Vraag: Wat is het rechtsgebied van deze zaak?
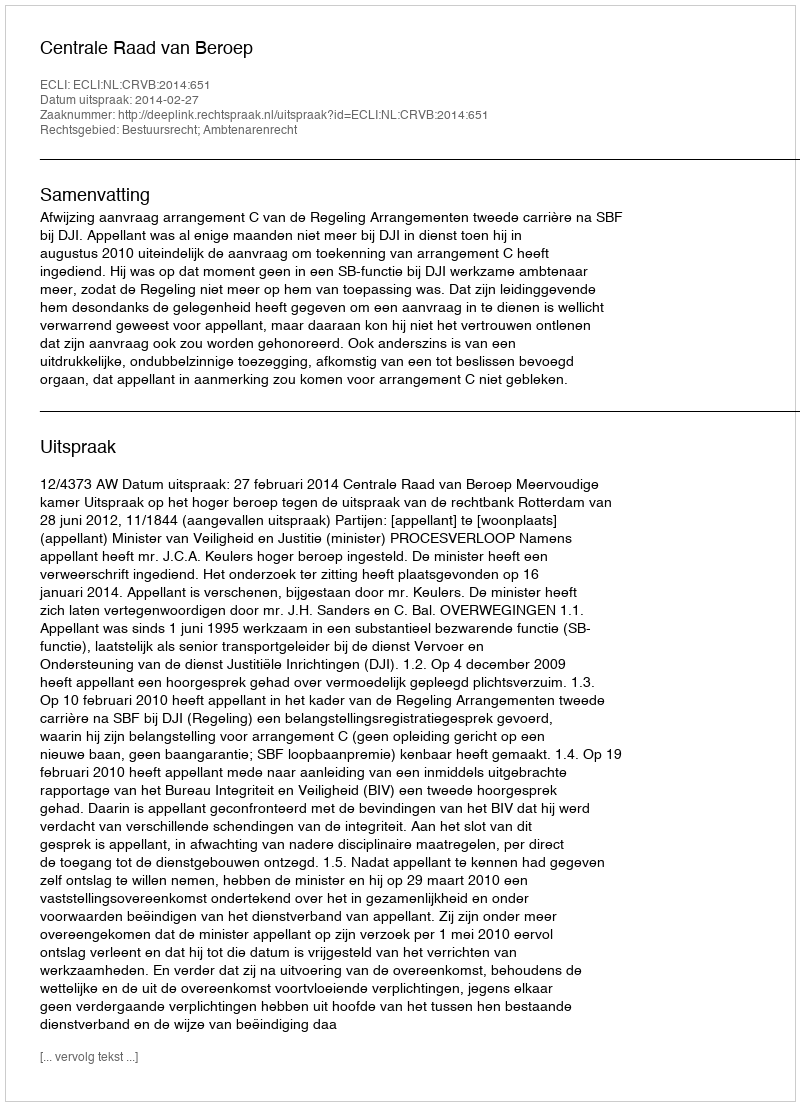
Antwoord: Bestuursrecht; Ambtenarenrecht